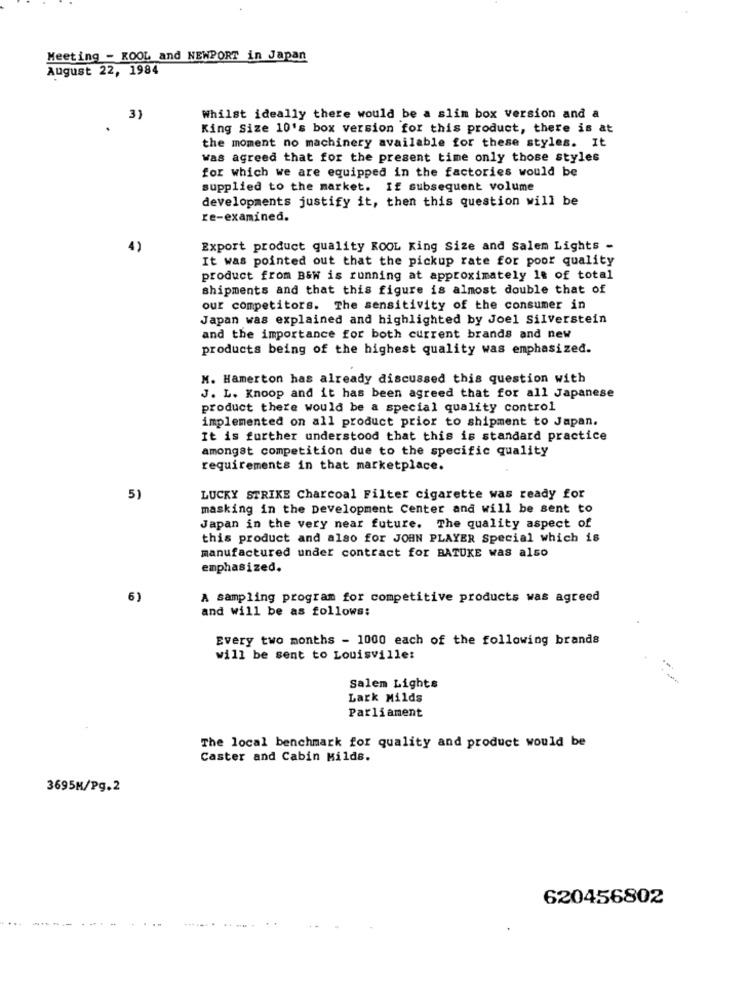
Meeting - KOOL and NEWPORT in Japan
August 22, 1984
3)
Whilst ideally there would be a slim box version and a
King Size 10's box version for this product, there is at
the moment no machinery available for these styles. It
was agreed that for the present time only those styles
for which we are equipped in the factories would be
supplied to the market. If subsequent volume
developments justify it, then this question will be
re-examined.
4)
Export product quality KOOL King Size and Salem Lights -
It was pointed out that the pickup rate for poor quality
product from B&W is running at approximately le of total
shipments and that this figure is almost double that of
our competitors. The sensitivity of the consumer in
Japan was explained and highlighted by Joel Silverstein
and the importance for both current brands and new
products being of the highest quality was emphasized.
M. Hamerton has already discussed this question with
J. L. Knoop and it has been agreed that for all Japanese
product there would be a special quality control
implemented on all product prior to shipment to Japan.
It is further understood that this is standard practice
amongst competition due to the specific quality
requirements in that marketplace.
5)
LUCKY STRIKE Charcoal Filter cigarette was ready for
masking in the Development Center and will be sent to
Japan in the very near future. The quality aspect of
this product and also for JOHN PLAYER Special which is
manufactured under contract for BATUKE was also
emphasized.
6)
A sampling program for competitive products was agreed
and will be as follows:
Every two months - 1000 each of the following brands
will be sent to Louisville:
--
Salem Lights
Lark Milds
Parliament
The local benchmark for quality and product would be
Caster and Cabin Milde.
3695M/Pg.2
620456802